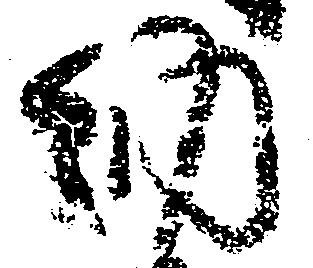
納